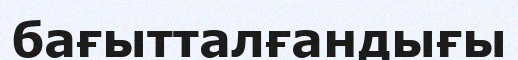
бағытталғандығы